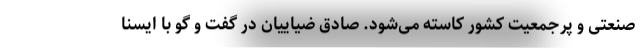
صنعتی و پرجمعیت کشور کاسته می‌شود. صادق ضیاییان در گفت و گو با ایسنا